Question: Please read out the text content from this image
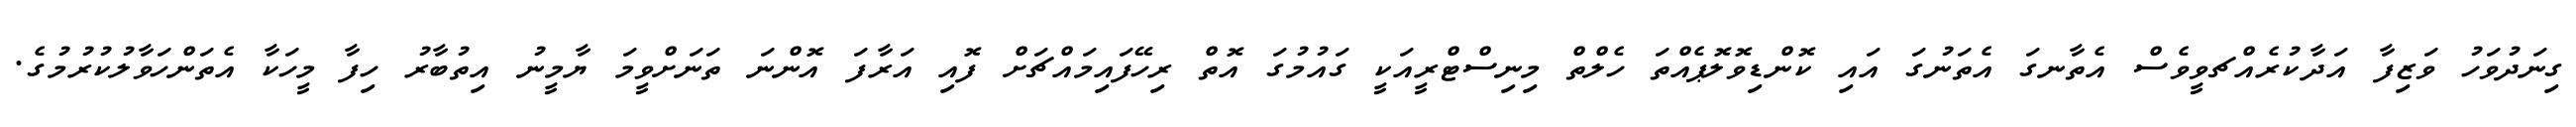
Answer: ގިނަދުވަހު ވަޒިފާ އަދާކުރެއްޗވީވެސް އެތާނގަ އެތަނުގަ އައި ކޮންޑިވޮލޮޕެއްތަ ހެލްތް މިނިސްޓްރީއަކީ ގައުމުގަ އޮތް ރިހޭފައިމައްޗަށް ފޮއި އަރާފަ އޮންނަ ތަނަށްވީމަ ޔާމީނު އިތުބާރު ހިފާ މީހަކާ އެތަންހަވާލުކުރުމުގެ.